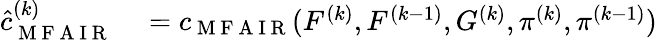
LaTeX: \begin{array}{rl}{\hat{c}_{\mathrm{~M~F~A~I~R~}}^{(k)}}&{{}=c_{\mathrm{~M~F~A~I~R~}}(F^{(k)},F^{(k-1)},G^{(k)},\pi^{(k)},\pi^{(k-1)})}\end{array}